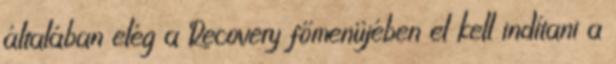
általában elég a Recovery főmenüjében el kell indítani a